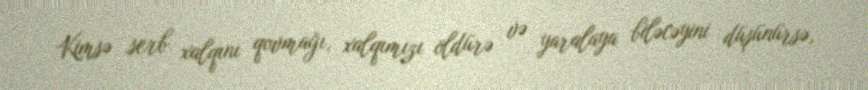
Kimsə serb xalqını qovmağı, xalqımızı öldürə və yaralaya biləcəyini düşünürsə,